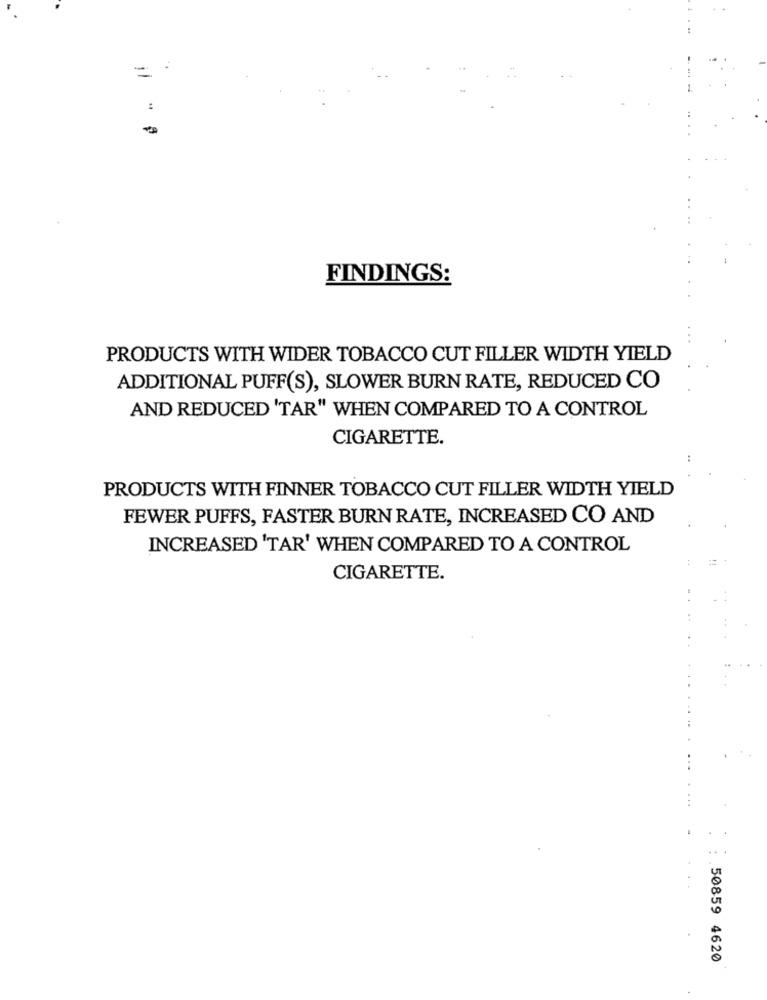
=
:
FINDINGS:
PRODUCTS WITH WIDER TOBACCO CUT FILLER WIDTH YIELD
ADDITIONAL PUFF(S), SLOWER BURN RATE, REDUCED CO
AND REDUCED 'TAR" WHEN COMPARED TO A CONTROL
CIGARETTE.
PRODUCTS WITH FINNER TOBACCO CUT FILLER WIDTH YIELD
FEWER PUFFS, FASTER BURN RATE, INCREASED CO AND
INCREASED 'TAR' WHEN COMPARED TO A CONTROL
44
CIGARETTE.
...
50859 4620